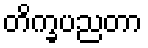
တိက္ခပညတာ